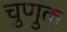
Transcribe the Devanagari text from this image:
चुणुक